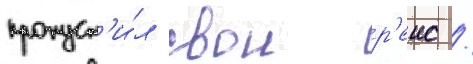
пропуст'и́л свои р'еис /